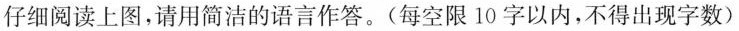
仔细阅读上图，请用简洁的语言作答。(每空限10字以内，不得出现字数)